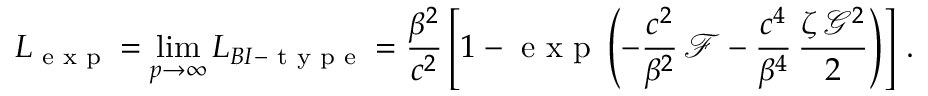
L _ { \textrm { e x p } } = \operatorname* { l i m } _ { p \rightarrow \infty } L _ { B I - \textrm { t y p e } } = \frac { \beta ^ { 2 } } { c ^ { 2 } } \left[ 1 - \textrm { e x p } \left( - \frac { c ^ { 2 } } { \beta ^ { 2 } } \, \mathcal { F } - \frac { c ^ { 4 } } { \beta ^ { 4 } } \, \frac { \zeta \, \mathcal { G } ^ { 2 } } { 2 } \right) \right] \, .